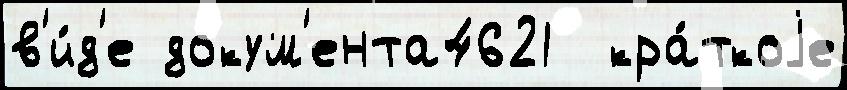
в'и́д'е докум'ента4621  кра́ткоjе